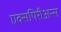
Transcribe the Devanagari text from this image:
एक्सपिरीअन्स